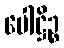
ပေါဋ္ဌိဉ္စ